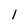
Character: 1